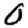
Digit: 0